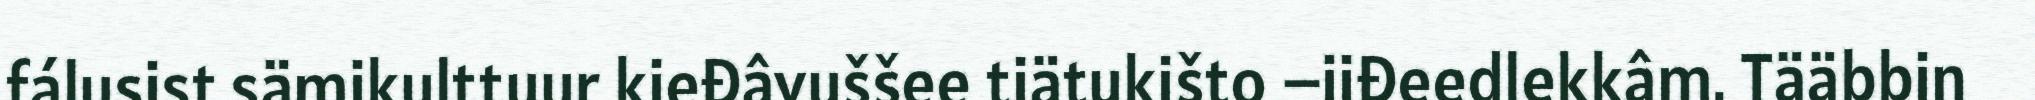
fálusist sämikulttuur kieđâvuššee tiätukišto –iiđeedlekkâm. Tääbbin